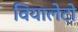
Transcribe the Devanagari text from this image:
वियालेटो